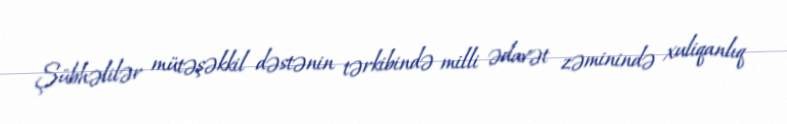
Şübhəlilər mütəşəkkil dəstənin tərkibində milli ədavət zəminində xuliqanlıq